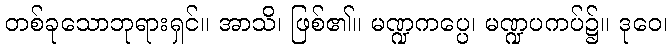
တစ်ခုသောဘုရားရှင်။ အာသိ၊ ဖြစ်၏။ မဏ္ဍကပ္ပေ၊ မဏ္ဍပကပ်၌။ ဒုဝေ၊